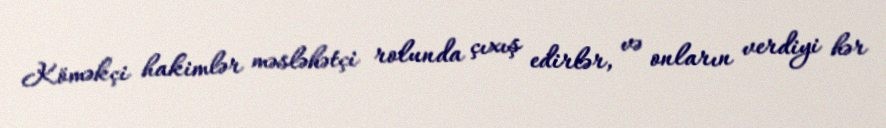
Köməkçi hakimlər məsləhətçi rolunda çıxış edirlər, və onların verdiyi hər